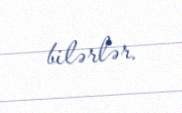
bilərlər.